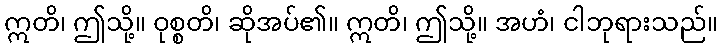
ဣတိ၊ ဤသို့။ ဝုစ္စတိ၊ ဆိုအပ်၏။ ဣတိ၊ ဤသို့။ အဟံ၊ ငါဘုရားသည်။